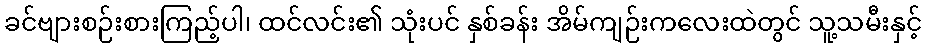
ခင်ဗျားစဉ်းစားကြည့်ပါ၊ ထင်လင်း၏ သုံးပင် နှစ်ခန်း အိမ်ကျဉ်းကလေးထဲတွင် သူ့သမီးနှင့်